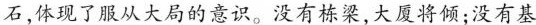
石，体现了服从大局的意识。没有栋梁，大厦将倾；没有基